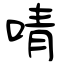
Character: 啨